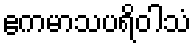
ဧကမာသပရိဝါသံ